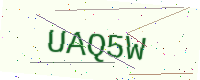
Text: UAQ5W